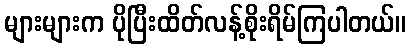
များများက ပိုပြီးထိတ်လန့်စိုးရိမ်ကြပါတယ်။